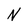
Character: N